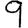
Digit: 9